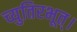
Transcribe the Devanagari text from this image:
च्युतिरभूत्।